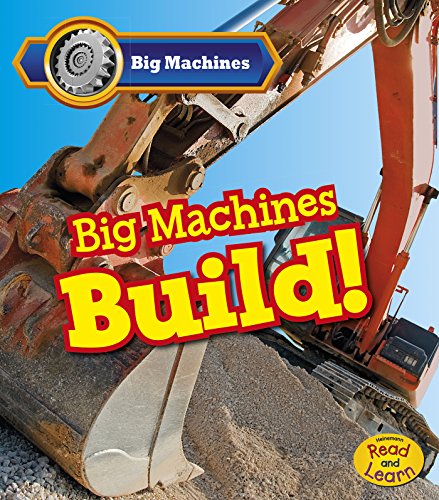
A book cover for Big Machines Build!; Catherine Veitch; Children's Books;